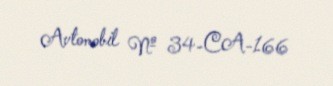
Avtomobil № 34-CA-166